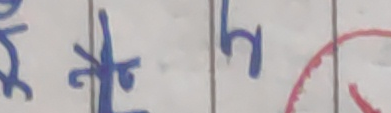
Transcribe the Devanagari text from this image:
न र्ह